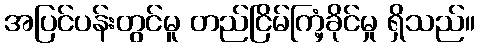
အပြင်ပန်းတွင်မူ တည်ငြိမ်ကြံ့ခိုင်မှု ရှိသည်။